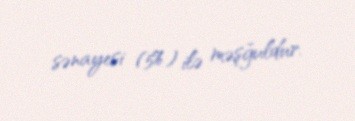
sənayesi (5%) ilə məşğuldur.